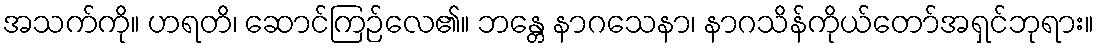
အသက်ကို။ ဟရတိ၊ ဆောင်ကြဉ်လေ၏။ ဘန္တေ နာဂသေနာ၊ နာဂသိန်ကိုယ်တော်အရှင်ဘုရား။